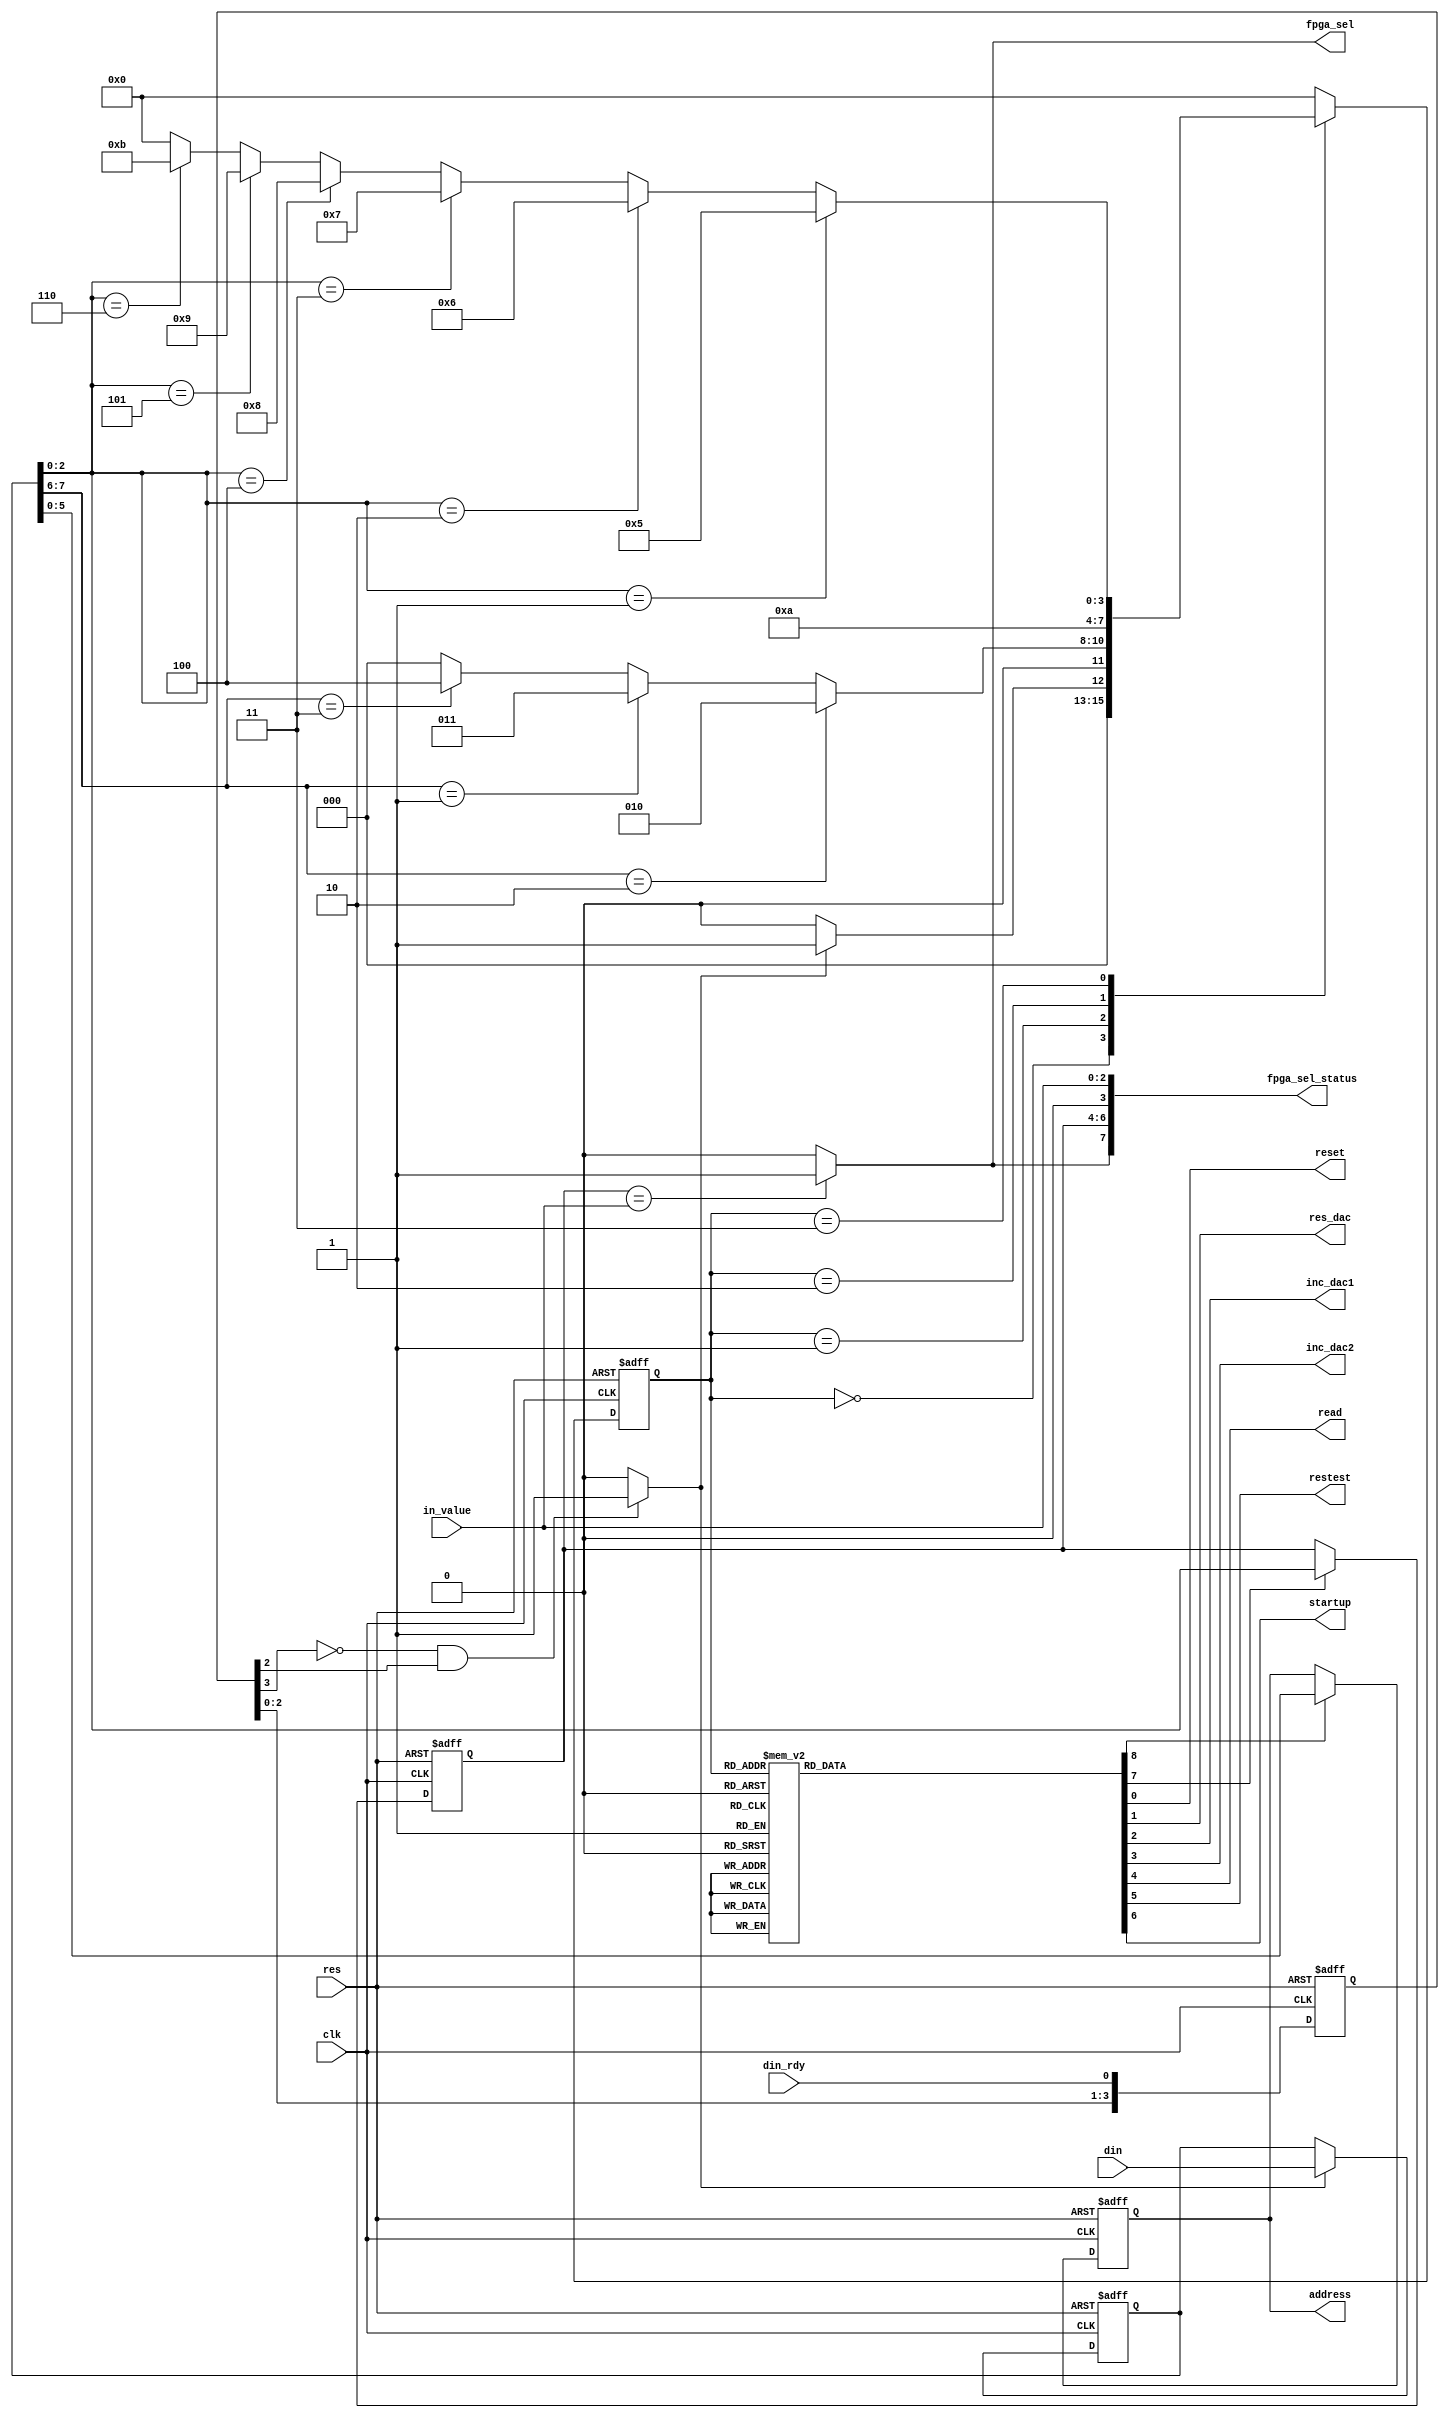
module cu_hmi(clk,res,din,din_rdy,in_value,address,reset,res_dac,inc_dac1,
                 inc_dac2,read,fpga_sel,fpga_sel_status, restest, startup);

input clk;
input res;
input [7:0] din;
input din_rdy;
input [2:0] in_value;
output [5:0] address;
output reset;
output res_dac;
output inc_dac1;
output inc_dac2;
output read;
output fpga_sel;
output [7:0] fpga_sel_status;
output restest;
output startup;

//Registres
reg [5:0] shift ;
reg [7:0] data_reg ;
reg [2:0] sel_fpga_reg;
reg [5:0]	 address;
reg [3:0] cstate;
reg [3:0] nstate;
reg reset;
reg res_dac;
reg inc_dac1;
reg inc_dac2;
reg read;
reg load_selfpga;
reg load_addrs;
reg restest;
reg startup;
//wires
wire sync1;
wire [1:0] opcode;
wire [2:0] cmdreg;

parameter IDLE=0, CHECK=1, ADDRS=2, CMD=3, SELFPGA=4, 
		RESET=5, RES_DAC=6,INC_DAC1=7, INC_DAC2=8, RES_TEST=9, READ=10, STARTUP = 11;

always @(posedge clk or posedge res)
if (res)
	shift<=0;
else 
	shift<={shift[4:0], din_rdy};

assign sync1=(~shift[3]&(shift[2]))?1:0;

always @ (posedge clk or posedge res)
if (res)
   data_reg<=0;
else if (sync1)
	data_reg<=din;
else
	data_reg<=data_reg;

assign opcode = data_reg[7:6];
assign cmdreg  = data_reg[2:0];

always @(posedge clk or posedge res)
if (res)
cstate<=0;
else 
cstate<=nstate;

always @(cstate or opcode or cmdreg or sync1)
begin
case(cstate)
IDLE:		begin	
		 	if (sync1)
		 		nstate = CHECK;
	   	else
	 			nstate = IDLE;
			end

CHECK: 	begin 
	   	if (opcode==2'b10)
				nstate =ADDRS;
	   	else if (opcode==2'b01)
				nstate =CMD;
	   	else if (opcode==2'b11)
				nstate =SELFPGA;
	   	else 
	 			nstate = IDLE;
			end
ADDRS: 	begin
	     		nstate=READ;
	  		end

CMD: 	begin 	 
			if (cmdreg==3'b001)			//1
				nstate =RESET;
	   	else if (cmdreg==3'b010)	//2
				nstate =RES_DAC;
	   	else if (cmdreg==3'b011)	//3
				nstate =INC_DAC1;
	   	else if (cmdreg==3'b100)	//4
	   		nstate =INC_DAC2;
      	else if (cmdreg==3'b101)	//5
	   		nstate =RES_TEST;
	   	else if (cmdreg==3'b110)	//6
	   		nstate =STARTUP;
			else 
	 			nstate = IDLE;
			end

SELFPGA:	begin
	  		nstate=IDLE;
	  		end

RESET: 	begin
	  		nstate=IDLE;
	  		end

RES_DAC:	begin
	  		nstate=IDLE;
	  		end

INC_DAC1: begin
	  		 nstate=IDLE;
	  		end

INC_DAC2: begin
	  		 nstate=IDLE;
	  		 end

RES_TEST: begin
	  		 nstate=IDLE;
	  		 end
STARTUP: begin
	  		 nstate=IDLE;
   		 end
READ: 	begin
	  		nstate=IDLE;
	  		end

default:	nstate=IDLE;

endcase
end

///output 
always @(cstate)
begin
reset=0;
res_dac=0;
inc_dac1=0;
inc_dac2=0;
read=0;
load_selfpga=0;
load_addrs=0;
restest=0;
startup=0;

case(cstate)

ADDRS:  	begin
	   	load_addrs=1;
			end

SELFPGA:	begin	
	      load_selfpga=1;
			end
	  
RESET:  	begin
	   	reset=1;
	   	end

RES_DAC: begin
         res_dac=1;
         end

INC_DAC1: begin
	     	inc_dac1=1;
	     	end

INC_DAC2: begin
	  		 inc_dac2=1;
	  		 end

RES_TEST: begin
	  		 restest=1;
	  		 end
STARTUP: begin
	  		 startup=1;
	  		 end
READ: 	 begin
	  		 read=1;
	  	    end

endcase
end

always @(posedge clk or posedge res)
if(res)
	sel_fpga_reg<=3'b111;
else if (load_selfpga)
	sel_fpga_reg<=data_reg[2:0];
else
	sel_fpga_reg<=sel_fpga_reg;


assign fpga_sel = (sel_fpga_reg == in_value)?1:0;

assign fpga_sel_status = {fpga_sel,sel_fpga_reg,1'b0, in_value};


always @(posedge clk or posedge res)
if(res)
	address <= 0;
else if (load_addrs)
	address <= data_reg[5:0];
endmodule